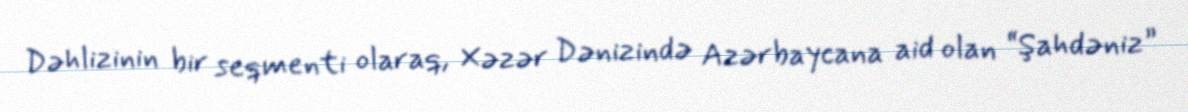
Dəhlizinin bir seqmenti olaraq, Xəzər Dənizində Azərbaycana aid olan “Şahdəniz”